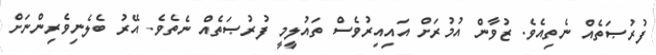
ފުރުޞަތެއް ނެތިއެވެ. ޒުވާން އުމުރަށް އައިއިރުވެސް ތައުލީމީ ފުރުޞަތެއް ނެތެވެ. އޭރު ބެލެނިވެރިންނަށް